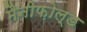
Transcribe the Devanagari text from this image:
मैनीफ़ोल्ड